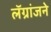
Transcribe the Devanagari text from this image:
लॅग्रांजने